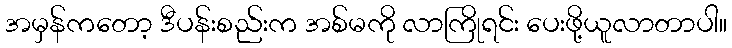
အမှန်ကတော့ ဒီပန်းစည်းက အစ်မကို လာကြိုရင်း ပေးဖို့ယူလာတာပါ။